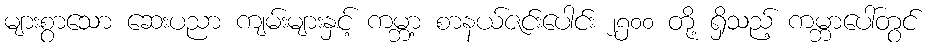
များစွာသော ဆေးပညာ ကျမ်းများနှင့် ကမ္ဘာ့ စာနယ်ဇင်းပေါင်း ၂၅၀၀ တို့ ရှိသည့် ကမ္ဘာပေါ်တွင်